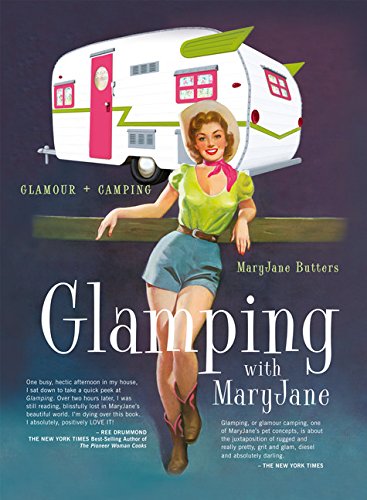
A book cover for Glamping with MaryJane: Glamour + Camping; Mary Jane Butters; Cookbooks, Food & Wine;